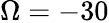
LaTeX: \Omega=-30